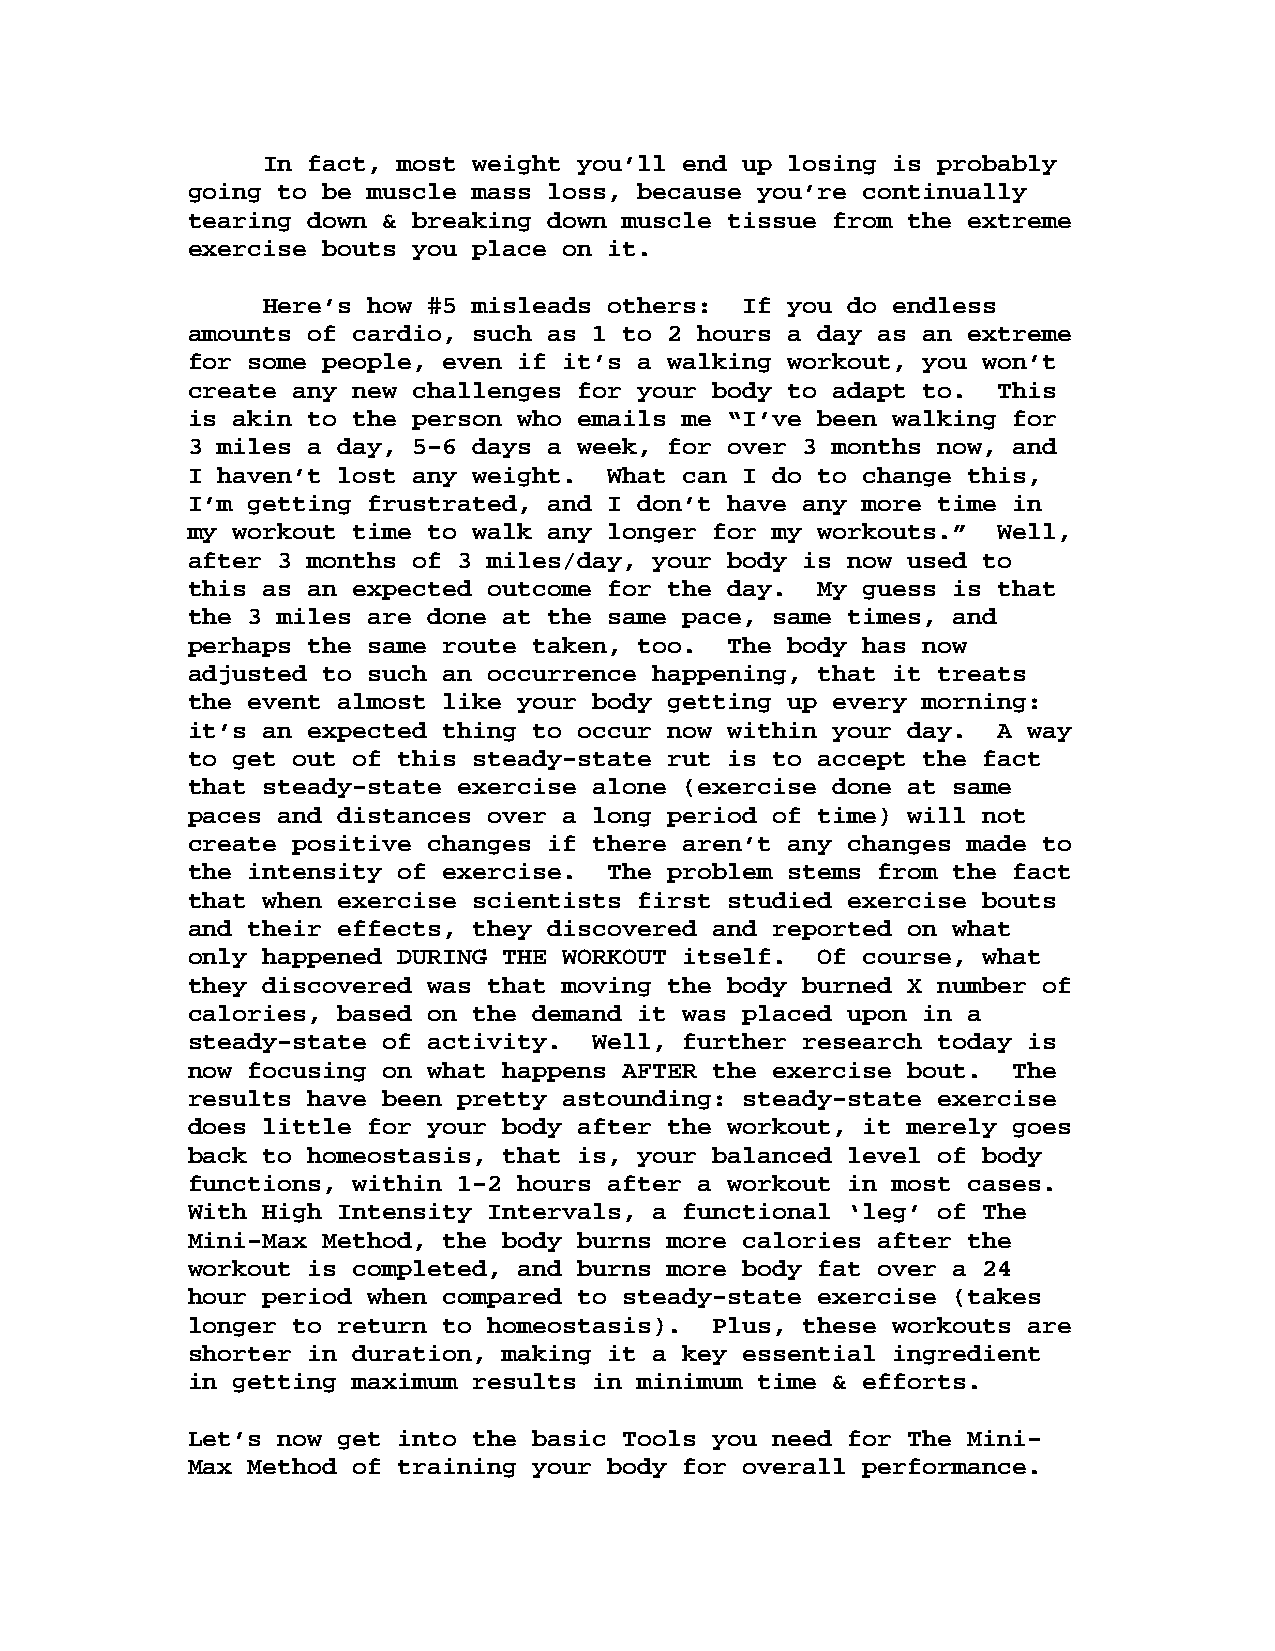
In fact, most weight you’ll end up losing is probably
 going to be muscle mass loss, because you’re continually
 tearing down & breaking down muscle tissue from the extreme
 exercise bouts you place on it.
 Here’s how #5 misleads others:  If you do endless
 amounts of cardio, such as 1 to 2 hours a day as an extreme
 for some people, even if it’s a walking workout, you won’t
 create any new challenges for your body to adapt to.  This
 is akin to the person who emails me “I’ve been walking for
 3 miles a day, 5-6 days a week, for over 3 months now, and
 I haven’t lost any weight.  What can I do to change this,
 I’m getting frustrated, and I don’t have any more time in
 my workout time to walk any longer for my workouts.”  Well,
 after 3 months of 3 miles/day, your body is now used to
 this as an expected outcome for the day.  My guess is that
 the 3 miles are done at the same pace, same times, and
 perhaps the same route taken, too.  The body has now
 adjusted to such an occurrence happening, that it treats
 the event almost like your body getting up every morning:
 it’s an expected thing to occur now within your day.  A way
 to get out of this steady-state rut is to accept the fact
 that steady-state exercise alone (exercise done at same
 paces and distances over a long period of time) will not
 create positive changes if there aren’t any changes made to
 the intensity of exercise.  The problem stems from the fact
 that when exercise scientists first studied exercise bouts
 and their effects, they discovered and reported on what
 only happened DURING THE WORKOUT itself.  Of course, what
 they discovered was that moving the body burned X number of
 calories, based on the demand it was placed upon in a
 steady-state of activity.  Well, further research today is
 now focusing on what happens AFTER the exercise bout.  The
 results have been pretty astounding: steady-state exercise
 does little for your body after the workout, it merely goes
 back to homeostasis, that is, your balanced level of body
 functions, within 1-2 hours after a workout in most cases.
 With High Intensity Intervals, a functional ‘leg’ of The
 Mini-Max Method, the body burns more calories after the
 workout is completed, and burns more body fat over a 24
 hour period when compared to steady-state exercise (takes
 longer to return to homeostasis).  Plus, these workouts are
 shorter in duration, making it a key essential ingredient
 in getting maximum results in minimum time & efforts.
 Let’s now get into the basic Tools you need for The Mini-
 Max Method of training your body for overall performance.